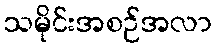
သမိုင်းအစဉ်အလာ